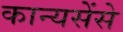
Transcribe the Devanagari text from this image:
कान्यसेंसे